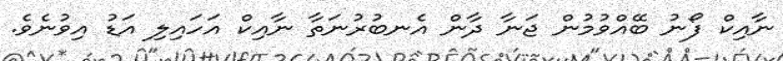
ނާއިކް ފޯނު ބޭއްވުމުން ޖަނާ ދާން އެނބުރުނަތާ ނާއިކް އަހައިލި އަޑު އިވުނެވެ.